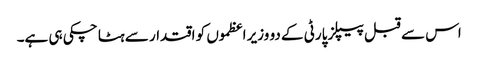
اس سے قبل پیپلز پارٹی کے دو وزیر اعظموں کو اقتدار سے ہٹا چکی ہی ہے۔